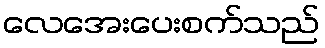
လေအေးပေးစက်သည်